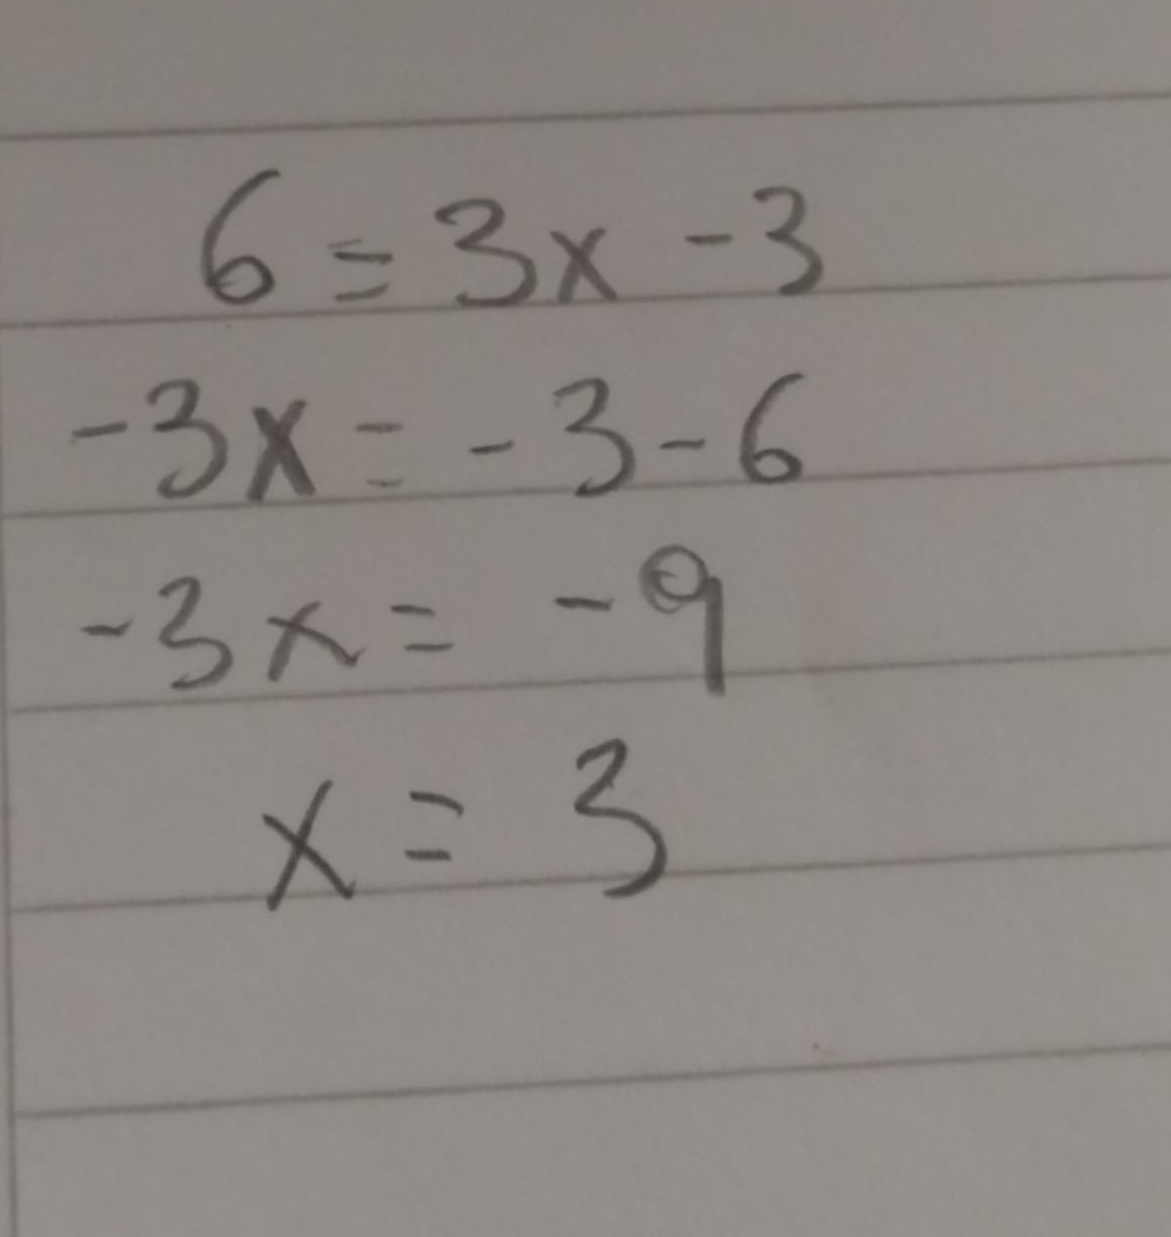
\begin{align*}
6&=3x - 3\\
-3x&=-3 - 6\\
-3x&=-9\\
x&=3
\end{align*}